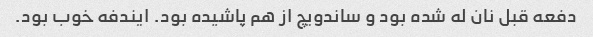
دفعه قبل نان له شده بود و ساندویچ از هم پاشیده بود. ایندفه خوب بود.